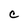
Character: c